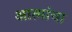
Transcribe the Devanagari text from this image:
आत्मांचा